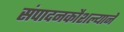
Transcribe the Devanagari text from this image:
संपादनकौशल्याने